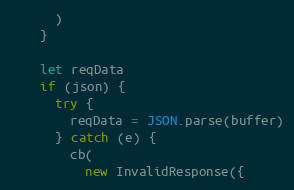
Language: JavaScript
      )
    }

    let reqData
    if (json) {
      try {
        reqData = JSON.parse(buffer)
      } catch (e) {
        cb(
          new InvalidResponse({